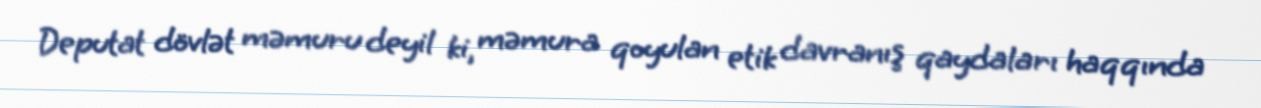
Deputat dövlət məmuru deyil ki, məmura qoyulan etik davranış qaydaları haqqında